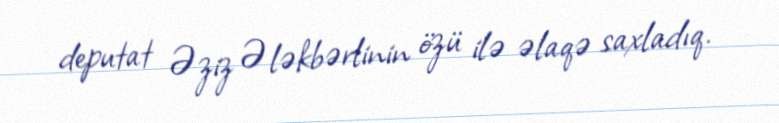
deputat Əziz Ələkbərlinin özü ilə əlaqə saxladıq.